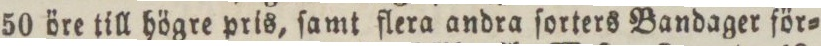
50 öre till högre pris, ſamt flera andra ſorters Bandager för=